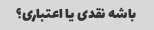
باشه نقدی یا اعتباری؟